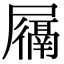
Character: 𫵩